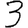
Digit: 3